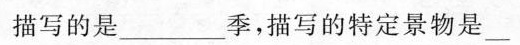
描写的是___季，描写的特定景物是___，